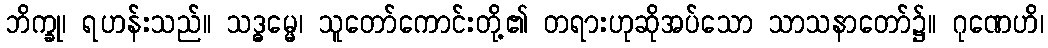
ဘိက္ခု၊ ရဟန်းသည်။ သဒ္ဓမ္မေ၊ သူတော်ကောင်းတို့၏ တရားဟုဆိုအပ်သော သာသနာတော်၌။ ဂုဏေဟိ၊